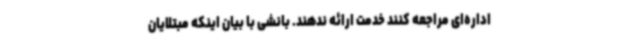
اداره‌ای مراجعه کنند خدمت ارائه ندهند. بانشی با بیان اینکه مبتلایان